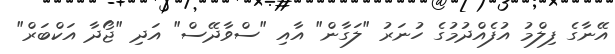
އޭނާގެ ފިލްމު އުފެއްދުމުގެ ހުނަރު "ލަގާން" އާއި "ސްވާދޭސް" އަދި "ޖޯދާ އަކްބަރް"